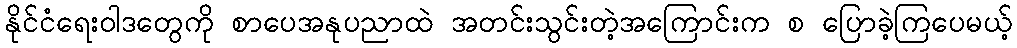
နိုင်ငံရေးဝါဒတွေကို စာပေအနုပညာထဲ အတင်းသွင်းတဲ့အကြောင်းက စ ပြောခဲ့ကြပေမယ့်